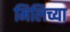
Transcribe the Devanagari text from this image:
मिलिच्या